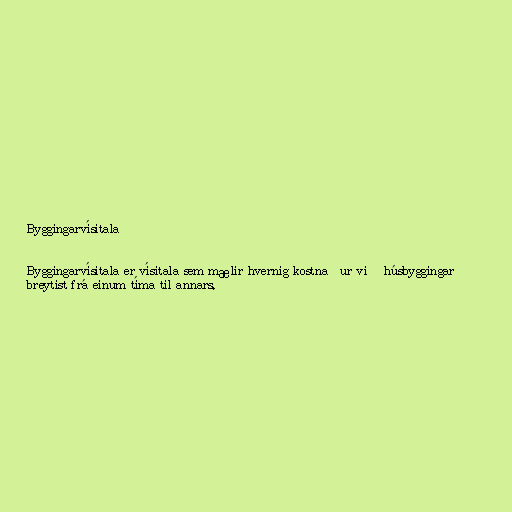
Byggingarvísitala

Byggingarvísitala er vísitala sem mælir hvernig kostnaður við húsbyggingar
breytist frá einum tíma til annars.